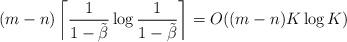
LaTeX: \begin{align*} (m-n)\left\lceil \frac{1}{1 - \tilde{\beta}} \log \frac{1}{1 - \tilde{\beta}}\right\rceil = O((m-n) K\log K)\end{align*}